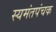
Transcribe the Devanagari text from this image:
स्यमंतपंचक